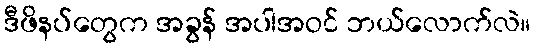
ဒီဖိနပ်တွေက အခွန် အပါအဝင် ဘယ်လောက်လဲ။